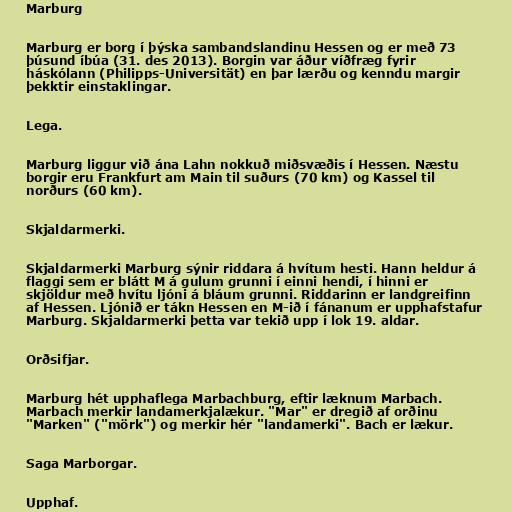
Marburg

Marburg er borg í þýska sambandslandinu Hessen og er með 73
þúsund íbúa (31. des 2013). Borgin var áður víðfræg fyrir
háskólann (Philipps-Universität) en þar lærðu og kenndu margir
þekktir einstaklingar.

Lega.

Marburg liggur við ána Lahn nokkuð miðsvæðis í Hessen. Næstu
borgir eru Frankfurt am Main til suðurs (70 km) og Kassel til
norðurs (60 km).

Skjaldarmerki.

Skjaldarmerki Marburg sýnir riddara á hvítum hesti. Hann heldur á
flaggi sem er blátt M á gulum grunni í einni hendi, í hinni er
skjöldur með hvítu ljóni á bláum grunni. Riddarinn er landgreifinn
af Hessen. Ljónið er tákn Hessen en M-ið í fánanum er upphafstafur
Marburg. Skjaldarmerki þetta var tekið upp í lok 19. aldar.

Orðsifjar.

Marburg hét upphaflega Marbachburg, eftir læknum Marbach.
Marbach merkir landamerkjalækur. "Mar" er dregið af orðinu
"Marken" ("mörk") og merkir hér "landamerki". Bach er lækur.

Saga Marborgar.

Upphaf.